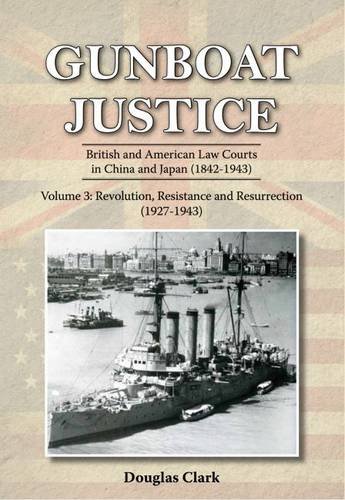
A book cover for Gunboat Justice Volume 3: British and American Law Courts in China and Japan (1842EE1943); Douglas Clark; Law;